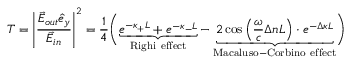
T = \left| \frac { \vec { E } _ { o u t } \hat { e } _ { y } } { \vec { E } _ { i n } } \right| ^ { 2 } = \frac { 1 } { 4 } \Biggl ( \underbrace { e ^ { - \kappa _ { + } L } + e ^ { - \kappa _ { - } L } } _ { \mathrm { R i g h i ~ e f f e c t } } - \underbrace { 2 \cos \left( \frac { \omega } { c } \Delta n L \right) \cdot e ^ { - \Delta \kappa L } } _ { \mathrm { M a c a l u s o - C o r b i n o ~ e f f e c t } } \Biggr )